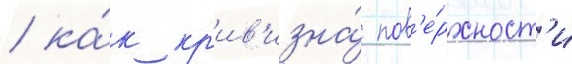
/ ка́к кр'ив'изна́ пов'е́рхност'и